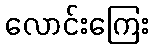
လောင်းကြေး